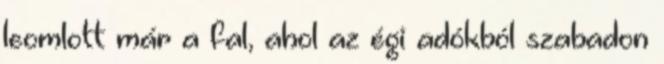
leomlott már a fal, ahol az égi adókból szabadon